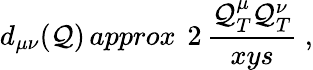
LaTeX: d_{\mu\nu}(\mathcal{Q})\, approx\ \, 2\, \frac{{\mathcal{Q}_{T}^{\mu}\mathcal{Q}_{T}^{\nu}}}{{xys}}\ ,